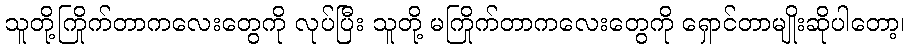
သူတို့ကြိုက်တာကလေးတွေကို လုပ်ပြီး သူတို့ မကြိုက်တာကလေးတွေကို ရှောင်တာမျိုးဆိုပါတော့၊